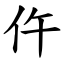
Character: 仵